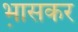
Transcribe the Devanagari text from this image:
भ़ासकर